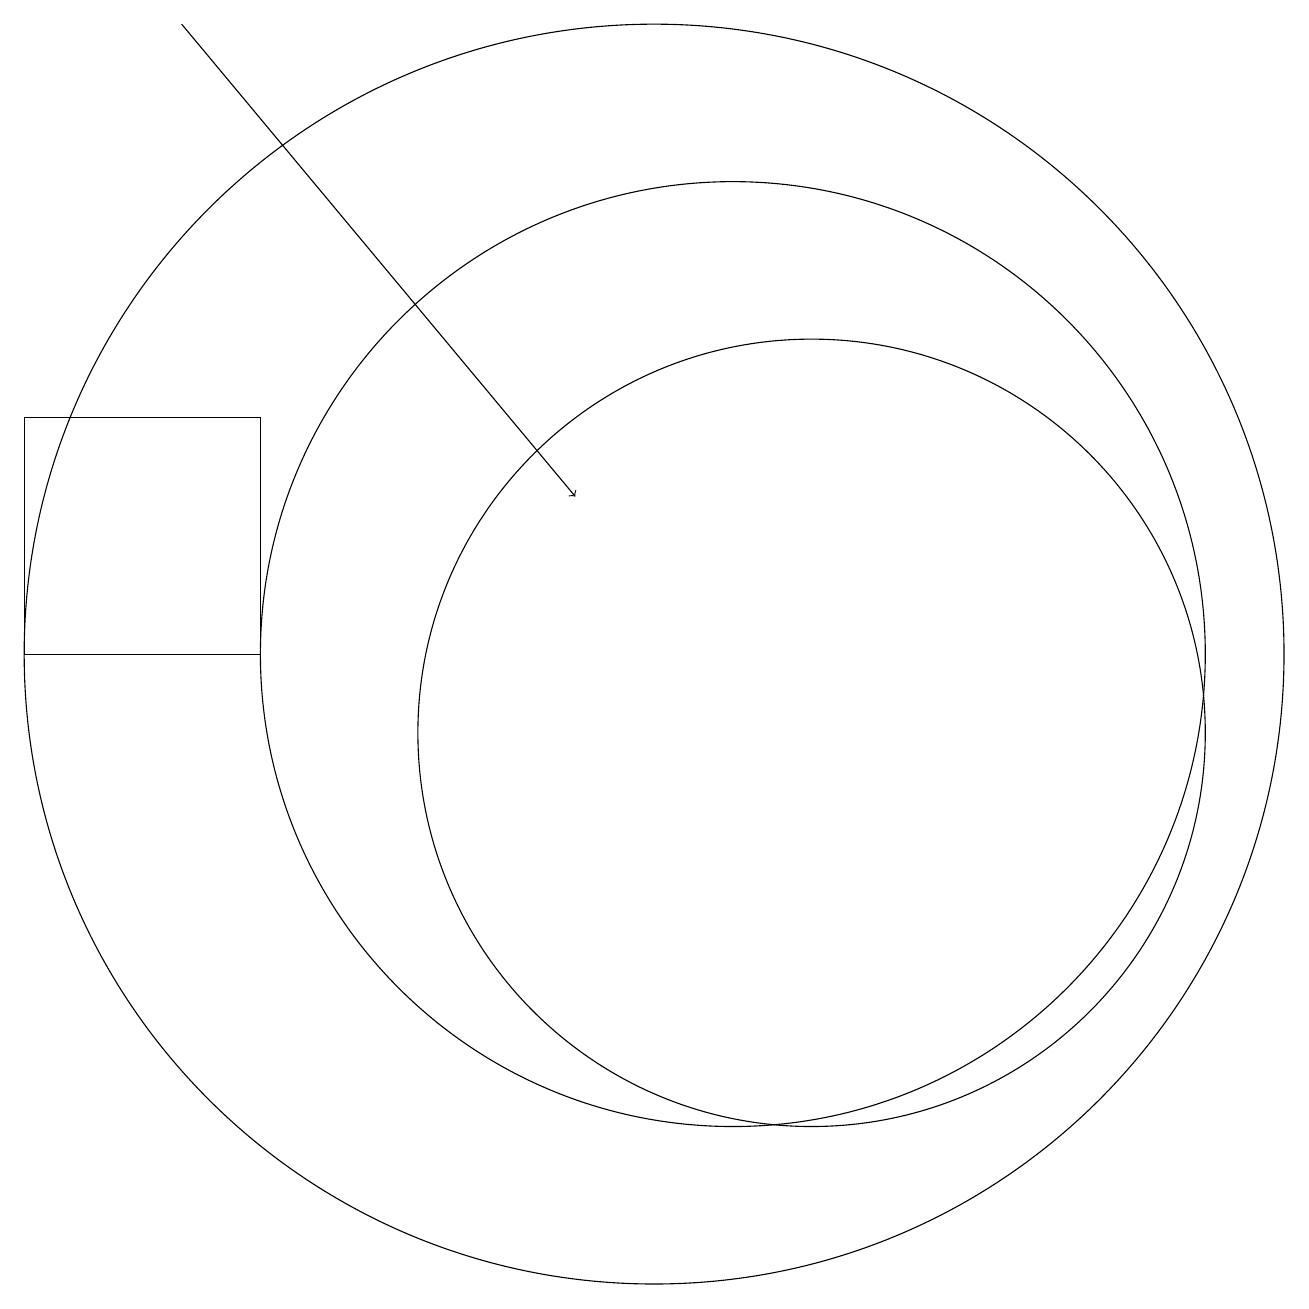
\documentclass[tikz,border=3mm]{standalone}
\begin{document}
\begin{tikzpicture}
\draw (11,11) circle (6);
\draw (12,10) circle (5);
\draw[->] (4,19) -- (9,13);
\draw (2,11) rectangle (5,14);
\draw (10,11) circle (8);
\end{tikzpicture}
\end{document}